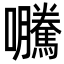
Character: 𭍂